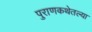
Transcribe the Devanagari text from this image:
पुराणकथेतल्या